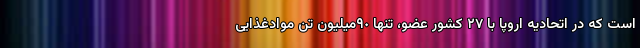
است که در اتحادیه اروپا با ٢٧ کشور عضو، تنها ٩٠‌میلیون تن موادغذایی